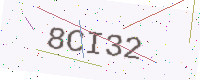
Text: 8CI32